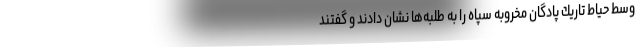
وسط حياط تاريك پادگان مخروبه سپاه را به طلبه‌ها نشان دادند و گفتند